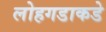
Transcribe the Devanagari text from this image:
लोहगडाकडे